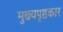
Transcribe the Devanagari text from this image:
मुख्यपृष्ठकार